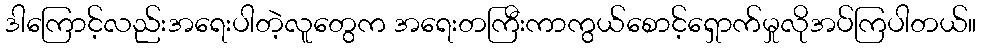
ဒါကြောင့်လည်းအရေးပါတဲ့လူတွေက အရေးတကြီးကာကွယ်စောင့်ရှောက်မှုလိုအပ်ကြပါတယ်။